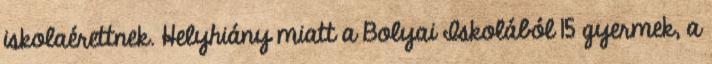
iskolaérettnek. Helyhiány miatt a Bolyai Iskolából 15 gyermek, a